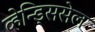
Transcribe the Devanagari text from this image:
व्हेन्ड्सिसेल